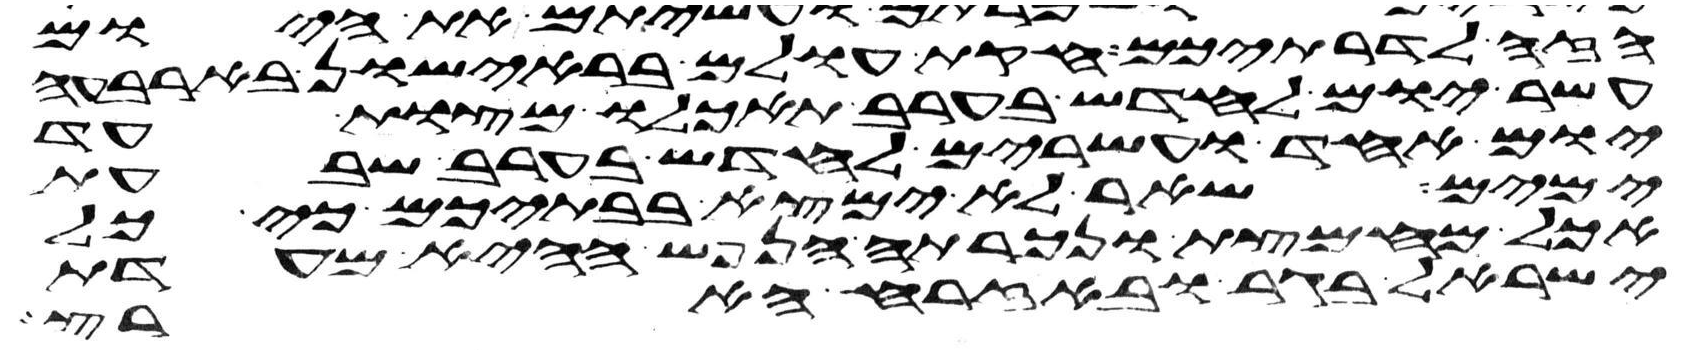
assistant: הזה לדרתיכם חקת עולם בראישון בארבעה
עשר יום לחדש בערב תאכלו מצות עד
יום אחד ועשרים לחדש בערב שבעת
ימים שאר לא ימצא בבתיכם כי כל
אכל מחמצת ונכרתה הנפש ההיא מעדת
ישראל בגר ובאזרח הארץ